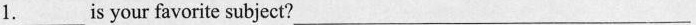
1.___is your favorite subject? ___